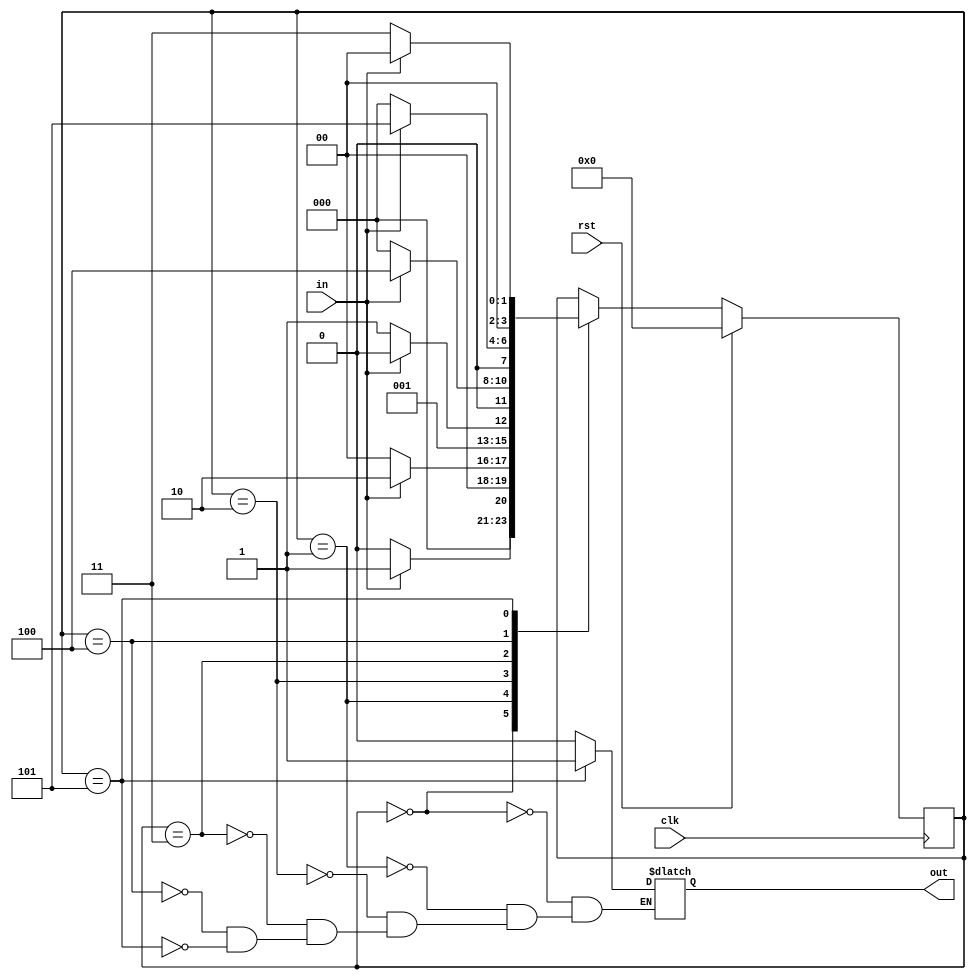
//////////////////////////////////////////////////////////////////////////////////
// Design Name: FSM to detect a sequence of 11011
// Machine: Moore Machine : overlapping with two always(process) statements
//////////////////////////////////////////////////////////////////////////////////
`timescale 1ns / 1ps


module Moore(clk,rst,in,out);

    input  wire clk;
    input  wire rst;
    input  wire in;
    output reg  out;

    localparam [3:0] S0 = 4'h0,
                     S1 = 4'h1,
                     S2 = 4'h2,
                     S3 = 4'h3,
                     S4 = 4'h4,
                     S5 = 4'h5;

     reg [3:0]state, nxt_state;


    always@(posedge clk)
        begin
            if(rst)
                state <= S0;
            else
                state <= nxt_state;
        end

    always@(state, in)
        begin
            nxt_state <= state;                     //default case
            case(state)
                S0 : begin
                        out <= 0;
                        if(in == 1)
                            nxt_state <= S1;
                        else
                            nxt_state <= S0;
                     end
                S1 : begin
                        out <= 0;
                        if(in == 1)
                            nxt_state <= S2;
                        else
                            nxt_state <= S0;
                     end
                S2 : begin
                        out <= 0;
                        if(in == 0)
                            nxt_state <= S3;
                        else
                            nxt_state <= S2;
                     end
                S3 : begin
                        out <= 0;
                        if(in == 1)
                            nxt_state <= S4;
                        else
                            nxt_state <= S0;
                     end
                S4 : begin
                        out <= 0;
                        if(in == 1)
                            nxt_state <= S5;
                        else
                            nxt_state <= S0;
                     end
                S5 : begin
                        out <= 1;
                        if(in == 1)
                            nxt_state <= S0;
                        else
                            nxt_state <= S3;
                     end
            endcase
        end

//assign out = (state == S5) ? 1 : 0;                     // change out to wire and remove out in every state still yeilds teh same result

//////////////////////////////////////////////////////////// optional D-FF eliminate glicthes
//     always@(posedge clk)                               // verfiy the simulation and schematic with 1 always statement with and without
//        begin                                           // adding D-FF to eliminate gliches
//            if(rst)
//                New_out <= 0;
//            else
//                New_out <= out;
//        end

endmodule